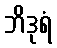
ဘိဒုရံ